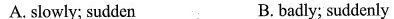
A. slowly; sudden B.badly; suddenly